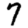
Digit: 7